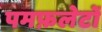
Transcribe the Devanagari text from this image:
पमफ़लेटों